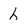
Character: h